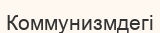
Коммунизмдегі